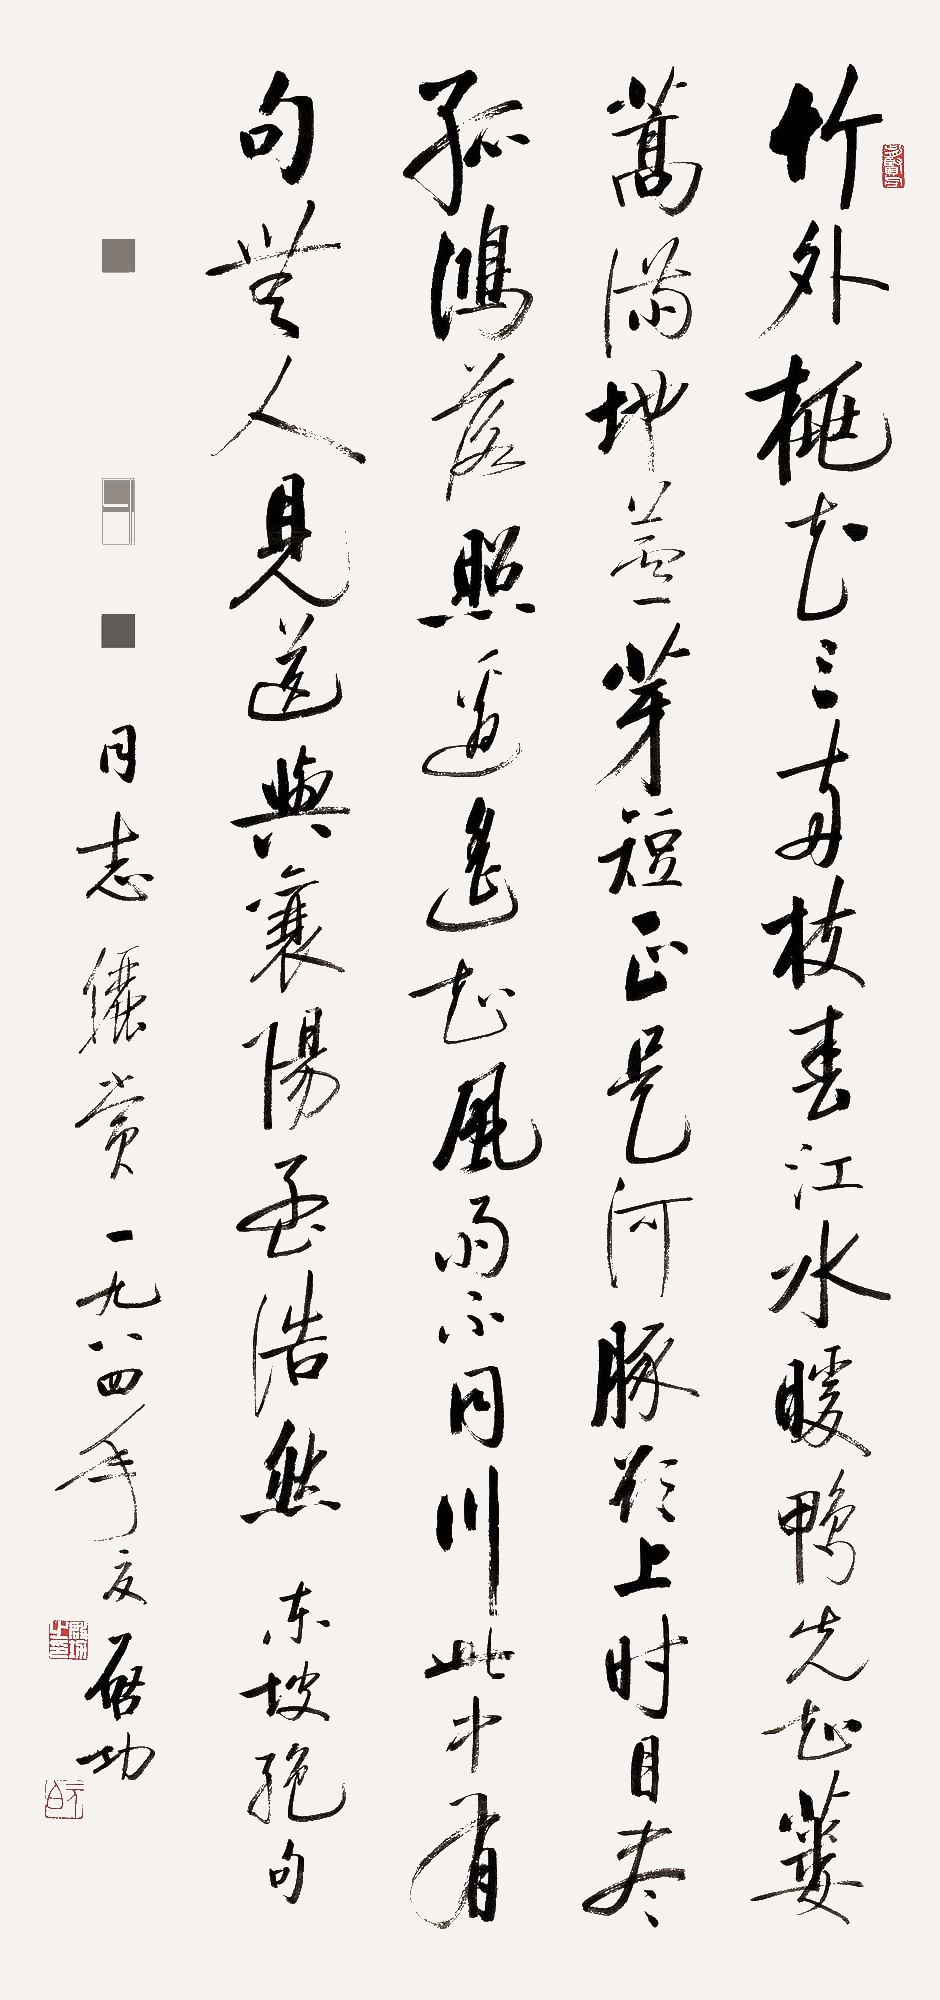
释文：竹外桃花三两枝，春江水暖鸭先知。蒌蒿满地芦芽短，正是河豚欲上时。目尽孤鸿落照边,遥知风雨不同川。此中有句无人见,送与襄阳孟浩然。东坡绝句。□□、□□同志俪赏。一九八四年夏，启功。